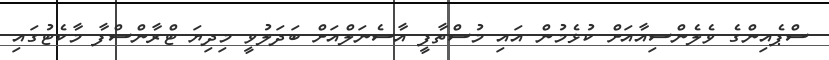
ސްޕެއިންގެ ވެލެންސިއާއަށް ކުޅެމުން އައި މުސްތާފީ އާސެނަލްއަށް ބަދަލުވީ މިދިޔަ ޓްރާންސްފާ މާކެޓުގައި